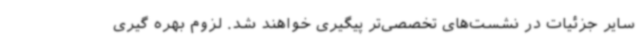
سایر جزئیات در نشست‌های تخصصی‌تر پیگیری خواهند شد. لزوم بهره گیری